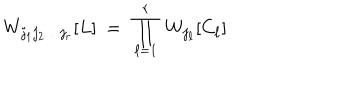
W _ { j _ { 1 } j _ { 2 } \ldots j _ { r } } [ L ] \ = \ \prod _ { \ell = 1 } ^ { r } \ W _ { j _ { \ell } } [ C _ { \ell } ]